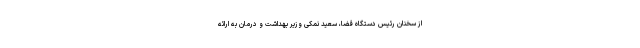
از سخنان رئیس دستگاه قضا، سعید نمکی وزیر بهداشت و درمان به ارائه